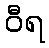
ဝီရ